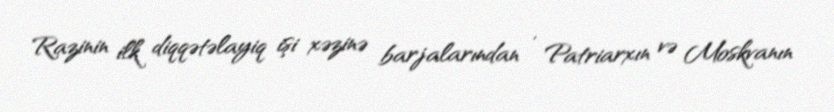
Razinin ilk diqqətəlayiq işi xəzinə barjalarından , Patriarxın və Moskvanın